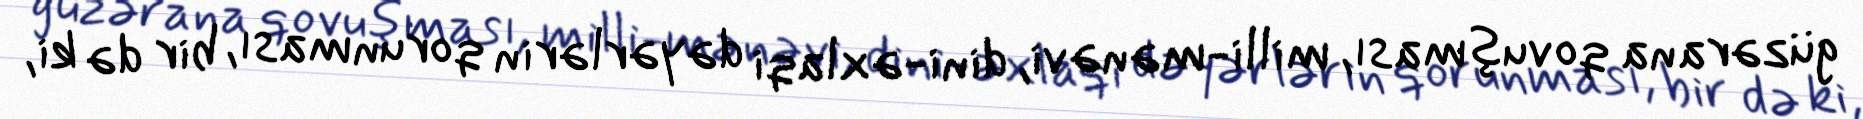
güzərana qovuşması, milli-mənəvi, dini-əxlaqi dəyərlərin qorunması, bir də ki,